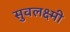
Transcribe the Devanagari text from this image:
सुवलक्ष्मी